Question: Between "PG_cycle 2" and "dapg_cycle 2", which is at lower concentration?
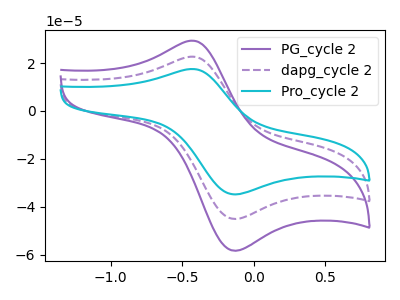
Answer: <think>The purple curve "PG_cycle 2" has an anodic peak at (-0.40V, 29.35uA) and a cathodic peak at (-0.15V, -58.35uA). The purple dashed curve "dapg_cycle 2" has an anodic peak at (-0.40V, 22.70uA) and a cathodic peak at (-0.15V, -45.05uA). The cyan curve "Pro_cycle 2" has an anodic peak at (-0.40V, 45.35uA) and a cathodic peak at (-0.15V, -90.10uA).
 All the peaks in "PG_cycle 2" have a peak in "dapg_cycle 2" at the same potential. Every peak in "PG_cycle 2" is higher than every peak in "dapg_cycle 2".</think>
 <answer>"PG_cycle 2" has more signal than "dapg_cycle 2" and so likely has a higher concentration.</answer>
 <eval>more_concentration</eval>